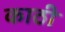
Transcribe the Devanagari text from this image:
काठी